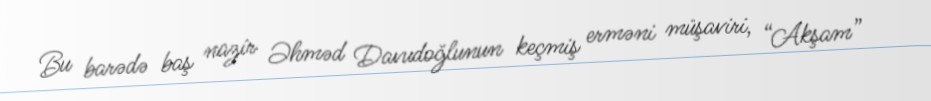
Bu barədə baş nazir Əhməd Davudoğlunun keçmiş erməni müşaviri, “Akşam”